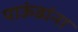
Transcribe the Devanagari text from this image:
पाऊंडांना